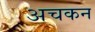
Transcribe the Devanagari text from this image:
अचकन